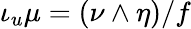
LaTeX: \iota_{u}\mu=(\nu\wedge\eta)/f